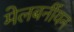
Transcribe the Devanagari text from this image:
मेलबर्नीयन